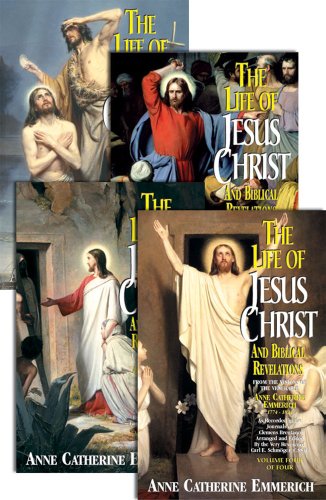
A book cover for Life of Jesus Christ and Biblical Revelations (4 Volumes); Anne Catherine Emmerich; Christian Books & Bibles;